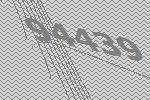
94439